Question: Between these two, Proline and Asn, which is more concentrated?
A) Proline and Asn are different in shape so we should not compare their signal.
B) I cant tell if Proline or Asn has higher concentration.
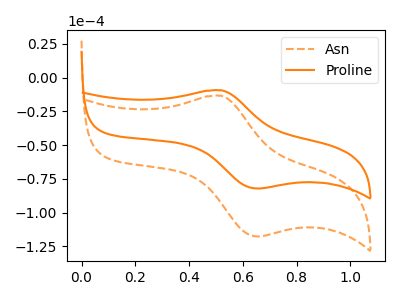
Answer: <think>The orange dashed curve "Asn" has an anodic peak at (0.50V, -13.40uA) and a cathodic peak at (0.65V, -117.65uA). The orange curve "Proline" has an anodic peak at (0.50V, -9.35uA) and a cathodic peak at (0.65V, -82.10uA).
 All the peaks in "Proline" have a peak in "Asn" at the same potential.</think>
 <answer>B) I cant tell if "Proline" or "Asn" has higher concentration.</answer>
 <eval>B</eval>